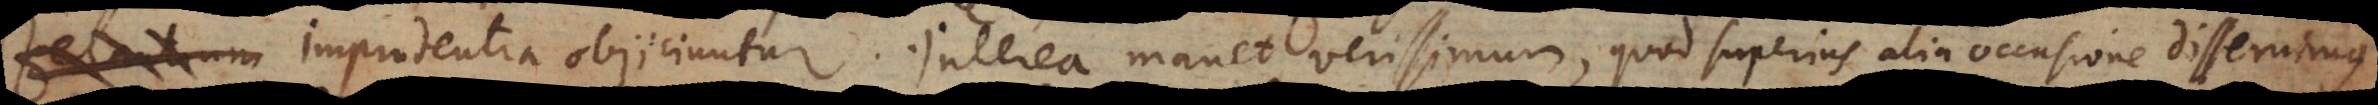
imprudentia objiciuntur. Interea manet verissimum, quod superius alia occasione diss